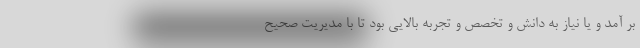
بر آمد و یا نیاز به دانش و تخصص و تجربه بالایی بود تا با مدیریت صحیح